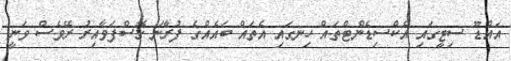
އައްޑޫ ސިޓީގައި އެކްސިޑެންޓްތައް ހިނގައި އެތައް ބައެއްގެ ފުރާނަ ގޮސްފަވާއިރު ރޭވެސް ވަނީ